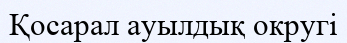
Қосарал ауылдық округі